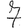
Digit: 7